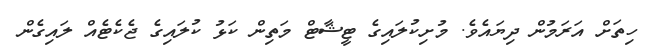
ހިތަށް އަރަމުން ދިޔައެވެ. މުށިކުލައިގެ ޓީޝާޓް މަތިން ކަޅު ކުލައިގެ ޖެކެޓެއް ލައިގެން